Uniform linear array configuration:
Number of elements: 48
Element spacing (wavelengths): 0.75
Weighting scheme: blackman
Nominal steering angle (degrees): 30
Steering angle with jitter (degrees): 30.687
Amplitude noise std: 0.05
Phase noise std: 0.05

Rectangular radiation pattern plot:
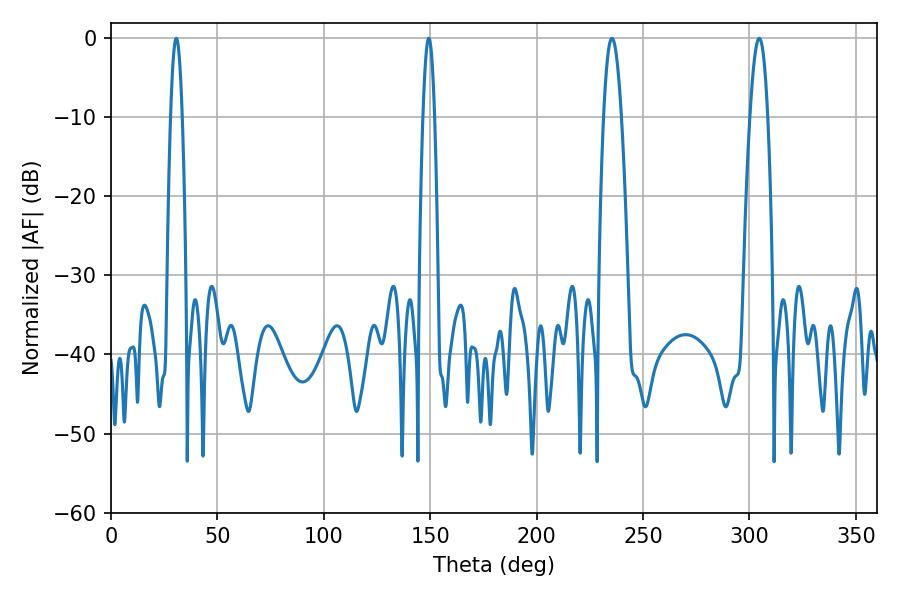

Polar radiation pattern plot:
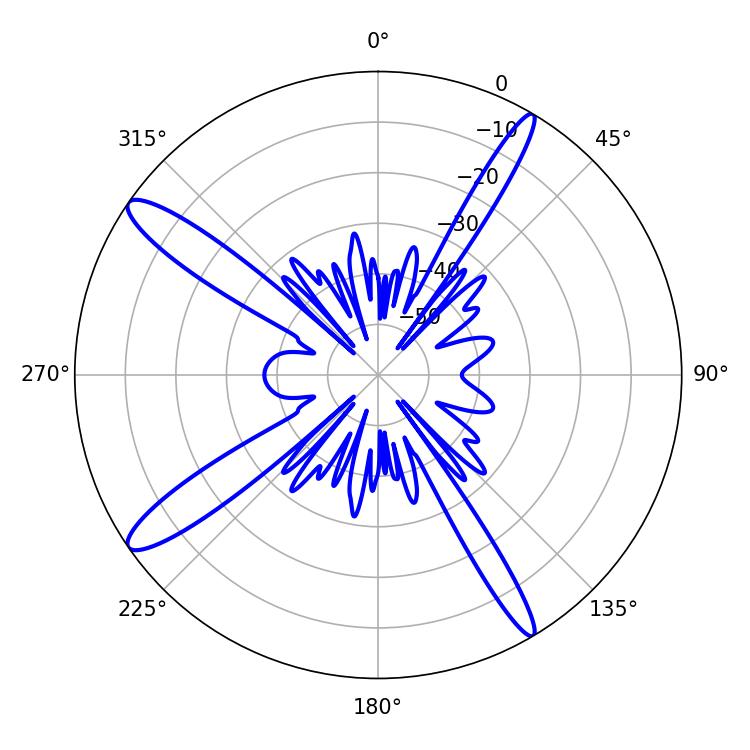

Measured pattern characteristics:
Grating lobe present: TRUE
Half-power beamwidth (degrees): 4.5
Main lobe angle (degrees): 235.44